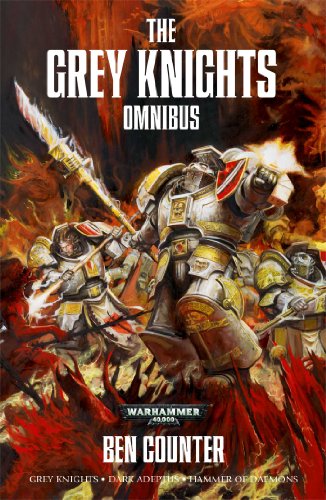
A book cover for The Grey Knights Omnibus (Grey knights / Dark Adeptus / Hammer of Daemons)  (Warhammer: Grey Knights); Ben Counter; Science Fiction & Fantasy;